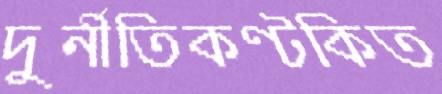
দুর্নীতিকণ্টকিত